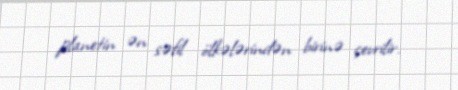
planetin ən səfil ölkələrindən birinə çevrilir.